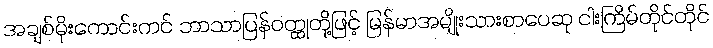
အချစ်မိုးကောင်းကင် ဘာသာပြန်ဝတ္ထုတို့ဖြင့် မြန်မာအမျိုးသားစာပေဆု ငါးကြိမ်တိုင်တိုင်